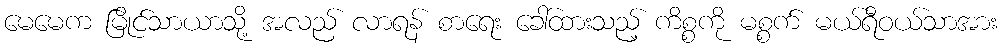
မေမေက မြိုင်သာယာသို့ အလည် လာရန် စာရေး ခေါ်ထားသည့် ကိစ္စကို မစ္စက် မယ်ရီဝယ်သာအား